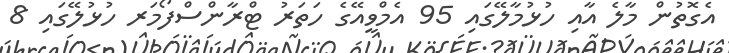
އެގޮތުން މާލެ އާއި ހުޅުމާލޭގައި 95 އެމްވީއޭގެ ހަތަރު ޓްރާންސްފޯމަރ ހުޅުލޭގައި 8